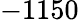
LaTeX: -1150